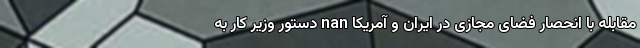
مقابله با انحصار فضای مجازی در ایران و آمریکا nan دستور وزیر کار به